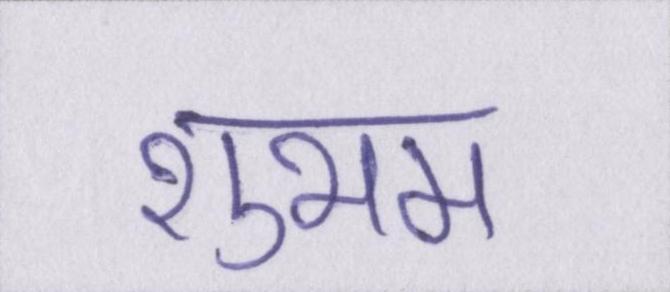
शुभम